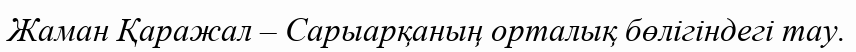
Жаман Қаражал – Сарыарқаның орталық бөлігіндегі тау.